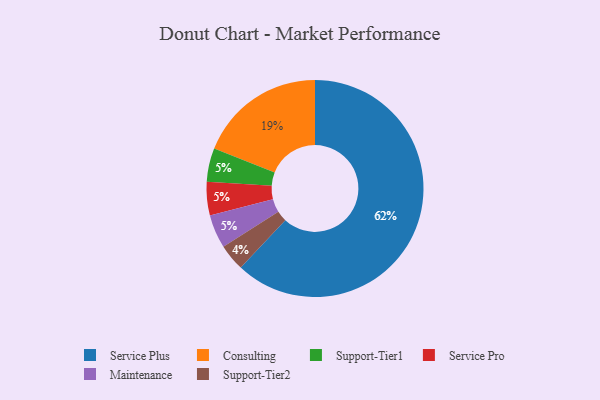
{"axis": {"x": "Category", "y": "Percentage"}, "legend": ["Consulting", "Maintenance", "Service Plus", "Service Pro", "Support-Tier1", "Support-Tier2"], "data": [{"x": "Support-Tier1", "y": 5, "type": "Support-Tier1"}, {"x": "Service Plus", "y": 62, "type": "Service Plus"}, {"x": "Service Pro", "y": 5, "type": "Service Pro"}, {"x": "Consulting", "y": 19, "type": "Consulting"}, {"x": "Support-Tier2", "y": 4, "type": "Support-Tier2"}, {"x": "Maintenance", "y": 5, "type": "Maintenance"}]}